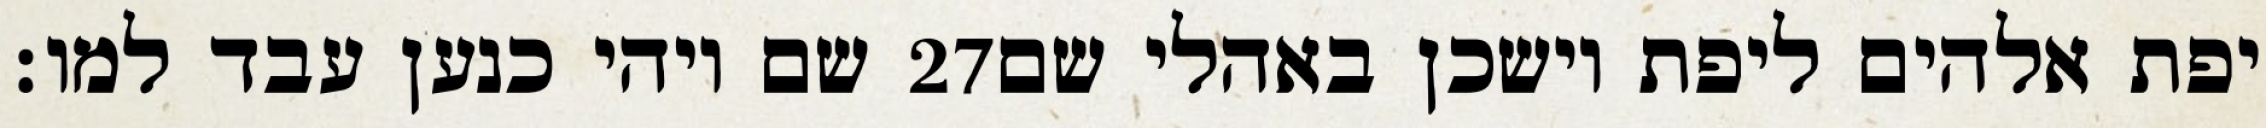
שם ויהי כנען עבד למו׃ ‎27‏ יפת אלהים ליפת וישכן באהלי שם